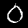
Label: 0